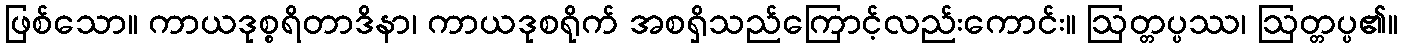
ဖြစ်သော။ ကာယဒုစ္စရိတာဒိနာ၊ ကာယဒုစရိုက် အစရှိသည်ကြောင့်လည်းကောင်း။ ဩတ္တပ္ပဿ၊ ဩတ္တပ္ပ၏။